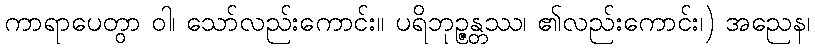
ကာရာပေတွာ ဝါ၊ သော်လည်းကောင်း။ ပရိဘုဉ္ဇန္တဿ၊ ၏လည်းကောင်း၊) အညေန၊